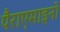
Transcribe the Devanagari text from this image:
पैराएमाइनो